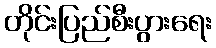
တိုင်းပြည်စီးပွားရေး